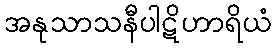
အနုသာသနီပါဋိဟာရိယံ